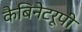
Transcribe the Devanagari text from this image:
कैबिनेटरूपी